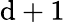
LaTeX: \mathrm{d}+1